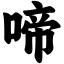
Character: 啼